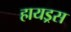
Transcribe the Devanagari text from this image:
हायड्रस